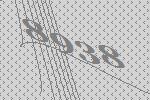
8938